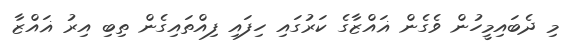
މި ދެބައިމީހުން ވެގެން ޣައްޒާގެ ކަރުގައި ހިފައި ފިއްތައިގެން ތިބި އިރު ޣައްޒާ